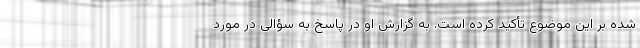
شده بر این موضوع تأکید کرده است. به گزارش او در پاسخ به سؤالی در مورد